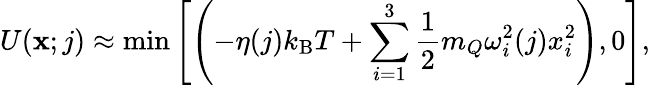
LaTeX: U(\mathbf{x};j)\approx\operatorname*{min}\left[\left(-\eta(j)k_{\mathrm{B}}T+\sum_{i=1}^{3}\frac 12m_{Q}\omega_{i}^{2}(j)x_{i}^{2}\right),0\right],